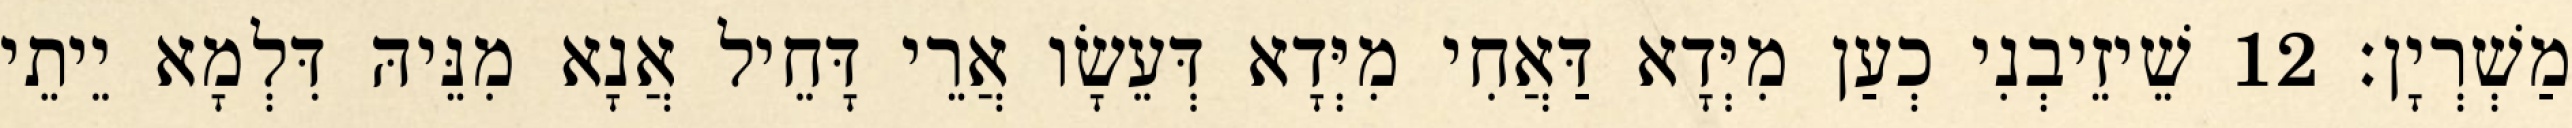
מַשְׁרְיָן׃ 12 שֵׁיזֵיבְנִי כְעַן מִיְּדָא דַּאֲחִי מִיְּדָא דְּעֵשָׂו אֲרֵי דָּחֵיל אֲנָא מִנֵּיהּ דִּלְמָא יֵיתֵי